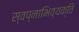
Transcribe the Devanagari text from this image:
स्वप्नाभिव्यक्ति